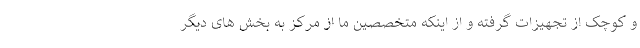
و کوچک از تجهیزات گرفته و از اینکه متخصصین ما از مرکز به بخش های دیگر